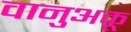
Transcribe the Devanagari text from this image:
वानुअकू